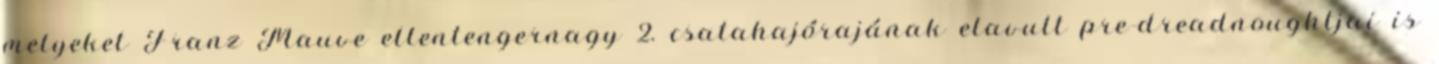
melyeket Franz Mauve ellentengernagy 2. csatahajórajának elavult pre-dreadnoughtjai is